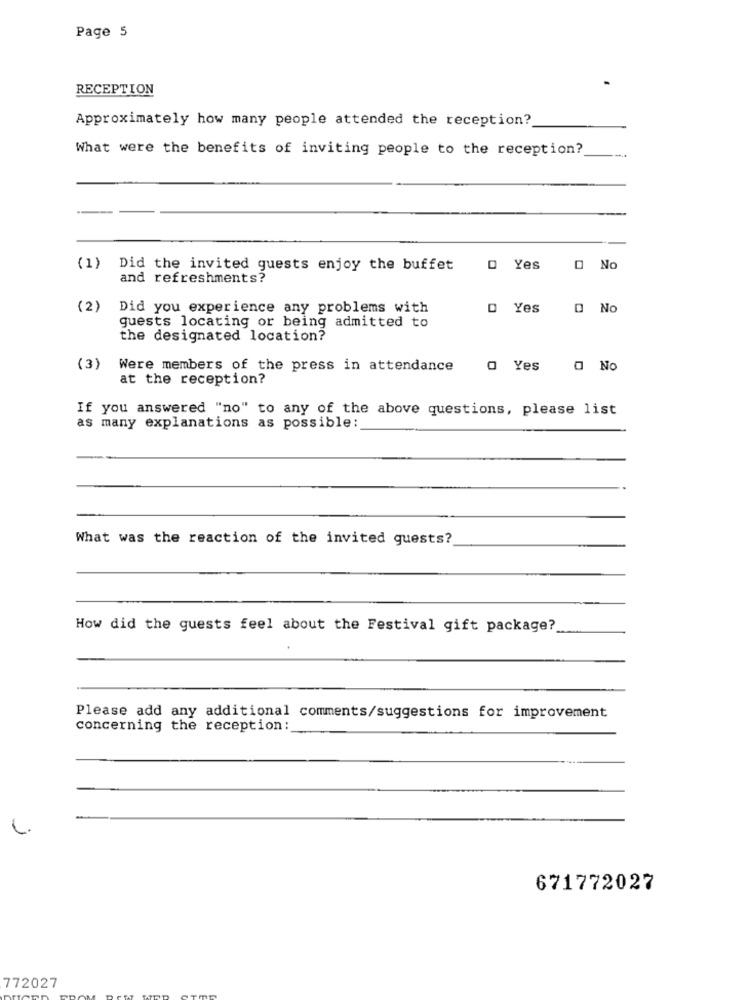
Page 5
RECEPTION
Approximately how many people attended the reception?
What were the benefits of inviting people to the reception?
(1)
Did the invited guests enjoy the buffet
0 Yes
O No
and refreshments?
(2)
Did you experience any problems with
D Yes
O No
guests locating or being admitted to
the designated location?
(3)
Were members of the press in attendance
0 Yes
O No
at the reception?
If you answered "no" to any of the above questions, please list
as many explanations as possible:
What was the reaction of the invited guests?
How did the guests feel about the Festival gift package?
Please add any additional comments/suggestions for improvement
concerning the reception:
671772027
772027